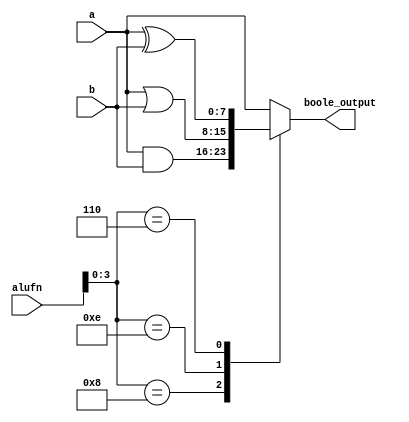
module boolean_mod_9 (
    input [5:0] alufn,
    input [7:0] a,
    input [7:0] b,
    output reg [7:0] boole_output
  );
  
  
  
  always @* begin
    
    case (alufn[0+3-:4])
      4'h8: begin
        boole_output[0+7-:8] = a[0+7-:8] & b[0+7-:8];
      end
      4'he: begin
        boole_output[0+7-:8] = a[0+7-:8] | b[0+7-:8];
      end
      4'h6: begin
        boole_output[0+7-:8] = a[0+7-:8] ^ b[0+7-:8];
      end
      4'ha: begin
        boole_output[0+7-:8] = a[0+7-:8];
      end
      default: begin
        boole_output[0+7-:8] = a[0+7-:8];
      end
    endcase
  end
endmodule